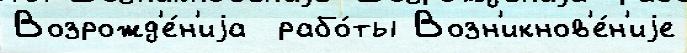
Возрожд'е́н'иjа  рабо́ты Возн'икнов'е́н'иjе